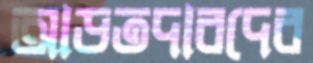
আড়তদারদের